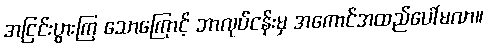
အငြင်းပွားကြ သောကြောင့် ဘာလုပ်ငန်းမှ အကောင်အထည်ပေါ်မလာ။